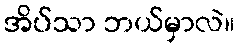
အိပ်သာ ဘယ်မှာလဲ။